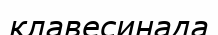
клавесинада